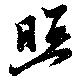
照